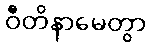
ဝီတိနာမေတွာ